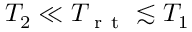
T _ { 2 } \ll T _ { \mathrm { ~ r ~ t ~ } } \lesssim T _ { 1 }